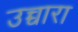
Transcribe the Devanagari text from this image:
उच्चारा